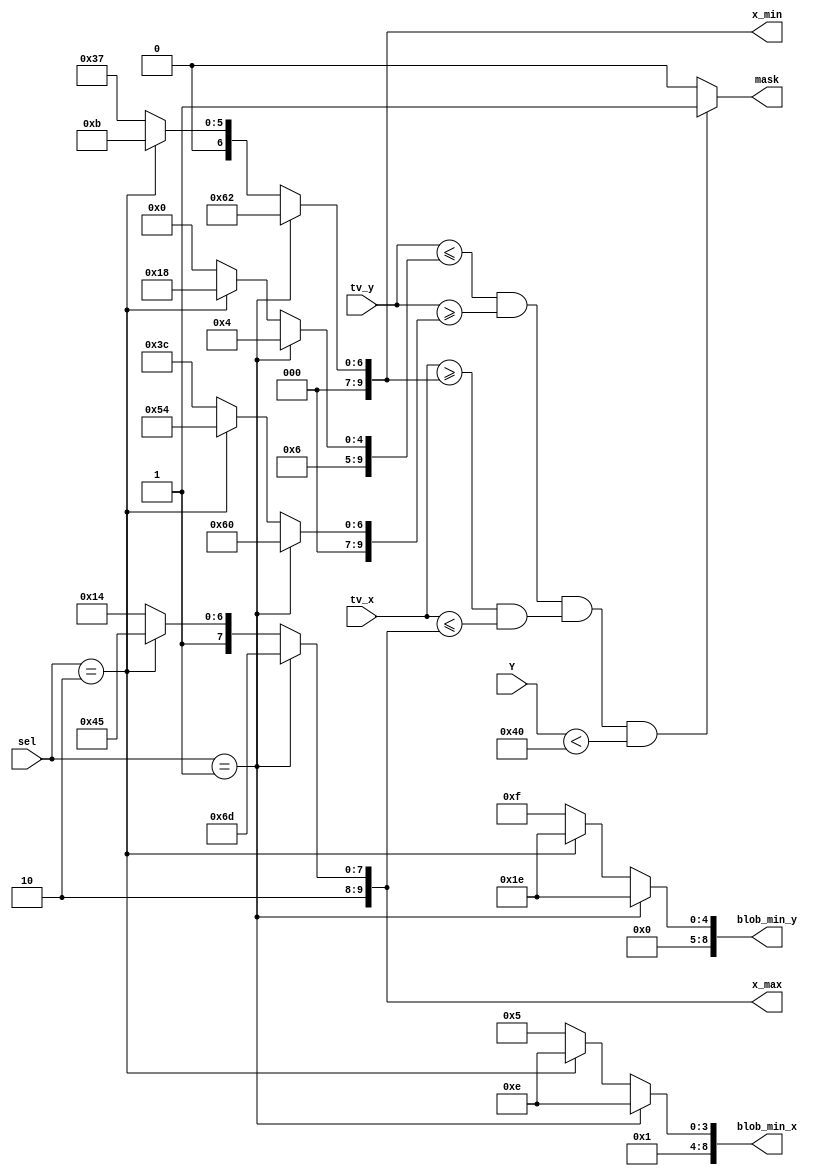
module MASK_2(
	input wire [7:0]Y,
	input wire [9:0]tv_x,
	input wire [9:0]tv_y,
//	input wire [7:0]Y_in,
	input wire [1:0]sel,	
//	input wire [9:0]x1_in,
//	input wire [9:0]y1_in,
//	input wire [9:0]x2_in,
//	input wire [9:0]y2_in,	
	
	output reg mask,
	output wire [9:0]x_min,
	output wire [9:0]x_max,
	output reg [8:0]blob_min_x,	
	output reg [8:0]blob_min_y
	);

//reg [9:0]del_x = 110;//114 V33
//reg [9:0]del_y = 10;//14 V33

//wire [10:0]y1_add_del_y;
//wire [10:0]x1_add_del_x;
//wire signed [11:0]y2_sub_del_y;
//wire signed [11:0]x2_sub_del_x;

reg [7:0]Y_const;	
reg [9:0]x1;
reg [9:0]y1;
reg [9:0]x2;
reg [9:0]y2;

//0
reg [7:0]Y_0 = 64;	
reg [9:0]x1_0 = 55;
reg [9:0]y1_0 = 60;
reg [9:0]x2_0 = 660;
reg [9:0]y2_0 = 192;
//1
reg [7:0]Y_1 = 64;	
reg [9:0]x1_1 = 98;
reg [9:0]y1_1 = 96;
reg [9:0]x2_1 = 621;
reg [9:0]y2_1 = 196;
//2
reg [7:0]Y_2 = 64;	
reg [9:0]x1_2 = 11;
reg [9:0]y1_2 = 84;
reg [9:0]x2_2 = 709;
reg [9:0]y2_2 = 216;

//min_blob_xy
reg [8:0]blob_0_x = 21;	
reg [8:0]blob_0_y = 15;

reg [8:0]blob_1_x = 30;	
reg [8:0]blob_1_y = 30;

reg [8:0]blob_2_x = 30;	
reg [8:0]blob_2_y = 30;



//assign	y1_add_del_y = y1 + del_y;
//assign	x1_add_del_x = x1 + del_x;
//assign	y2_sub_del_y = y2 - del_y;
//assign	x2_sub_del_x = x2 - del_x;
assign	x_min = x1;
assign	x_max = x2;

always @(Y,tv_x,tv_y)
	begin
	
	   if(sel == 1)
		begin
			Y_const = Y_1;	
			x1 = x1_1;
			y1 = y1_1;
			x2 = x2_1;
			y2 = y2_1;
			blob_min_x <= blob_1_x;	
			blob_min_y <= blob_1_y;		
		end
		else if(sel == 2)
		begin
			Y_const = Y_2;	
			x1 = x1_2;
			y1 = y1_2;
			x2 = x2_2;
			y2 = y2_2;
			blob_min_x <= blob_2_x;	
			blob_min_y <= blob_2_y;			
		end
		else 
		begin
			Y_const = Y_0;	
			x1 = x1_0;
			y1 = y1_0;
			x2 = x2_0;
			y2 = y2_0;
			blob_min_x <= blob_0_x;	
			blob_min_y <= blob_0_y;
		end
		
		
		
		if 
			//(((((tv_y >= y2_sub_del_y)&&(tv_y <= y2))&&
			//((tv_x >= x1_add_del_x)&&(tv_x <= x2_sub_del_x)))||
			
			//(((tv_y >= y1)&&(tv_y <= y1_add_del_y))&&
			//((tv_x >= x1_add_del_x)&&(tv_x <= x2_sub_del_x)))||
			
			//(((tv_x >= x1)&&(tv_x <= x2))&&
			//((tv_y >= y1_add_del_y)&&(tv_y <= y2_sub_del_y))))&&
			
			//(Y < Y_const) )		
			
			(((tv_y <= y2)&&(tv_y >= y1))&&((tv_x >= x1)&&(tv_x <= x2))&&
			
			(Y < Y_const))
			
			mask = 1;	
		else
			mask = 0;		
	end 
endmodule